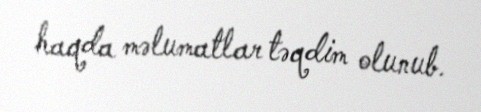
haqda məlumatlar təqdim olunub.